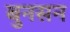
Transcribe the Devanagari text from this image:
बुनसन